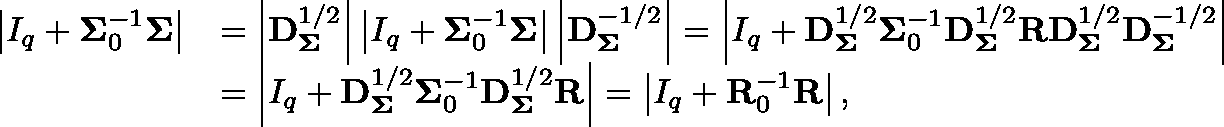
\begin{array} { r l } { \left| \mathbb { I } _ { q } + \mathbf { \Sigma } _ { 0 } ^ { - 1 } \mathbf { \Sigma } \right| } & { = \left| \mathbf { D } _ { \mathbf { \Sigma } } ^ { 1 / 2 } \right| \left| \mathbb { I } _ { q } + \mathbf { \Sigma } _ { 0 } ^ { - 1 } \mathbf { \Sigma } \right| \left| \mathbf { D } _ { \mathbf { \Sigma } } ^ { - 1 / 2 } \right| = \left| \mathbb { I } _ { q } + \mathbf { D } _ { \mathbf { \Sigma } } ^ { 1 / 2 } \mathbf { \Sigma } _ { 0 } ^ { - 1 } \mathbf { D } _ { \mathbf { \Sigma } } ^ { 1 / 2 } \mathbf { R } \mathbf { D } _ { \mathbf { \Sigma } } ^ { 1 / 2 } \mathbf { D } _ { \mathbf { \Sigma } } ^ { - 1 / 2 } \right| } \\ & { = \left| \mathbb { I } _ { q } + \mathbf { D } _ { \mathbf { \Sigma } } ^ { 1 / 2 } \mathbf { \Sigma } _ { 0 } ^ { - 1 } \mathbf { D } _ { \mathbf { \Sigma } } ^ { 1 / 2 } \mathbf { R } \right| = \left| \mathbb { I } _ { q } + \mathbf { R } _ { 0 } ^ { - 1 } \mathbf { R } \right| , } \end{array}